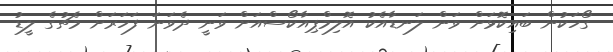
ގޯހަކުން ބައިކޮޅަށް ވަން ލަނޑާއެކު އޮލިމްޕިއާކޯސްއަށް ވަނީ ދެވަނަ ފަހަރަށް މެޗުގެ ލީޑު